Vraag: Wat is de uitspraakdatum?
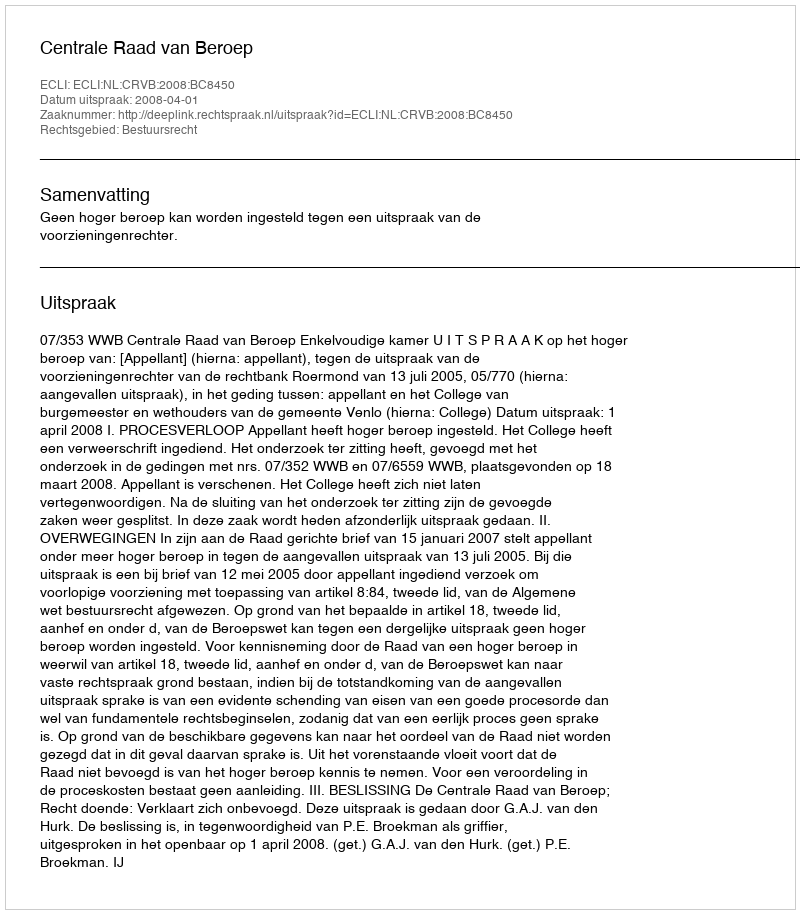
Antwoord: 2008-04-01